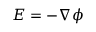
{ \boldsymbol { E } } = - { \boldsymbol { \nabla } } \phi